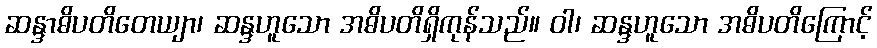
ဆန္ဒာဓိပတိတေယျာ၊ ဆန္ဒဟူသော အဓိပတိရှိကုန်သည်။ ဝါ၊ ဆန္ဒဟူသော အဓိပတိကြောင့်